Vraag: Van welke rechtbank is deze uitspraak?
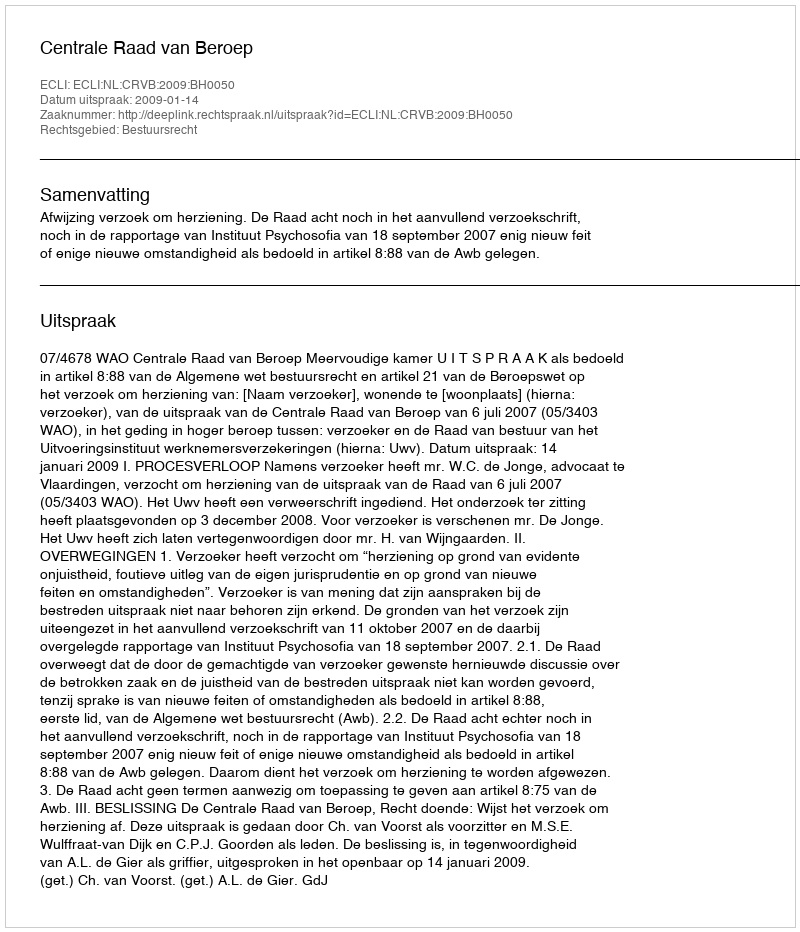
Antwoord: Centrale Raad van Beroep